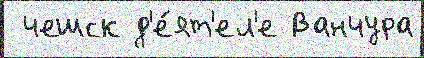
 чешск д'е́ят'ел'е Ванчура